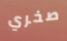
صخري